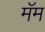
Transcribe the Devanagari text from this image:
मॅम